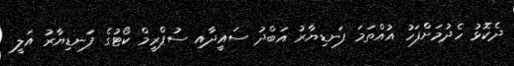
ދެކޮޅު ހެދުމަށްފަހު އުއްތަމަ ފަނޑިޔާރު އަބްދު ސައީދާއި ސުޕްރީމް ކޯޓުގެ ފަނޑިޔާރު އަލީ